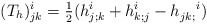
\begin{align*}(T_h)^i_{jk}= \tfrac{1}{2} (h^i_{j;k} + h^i_{k;j} - h_{jk;}^{\;\;\;\;\; i} )\end{align*}